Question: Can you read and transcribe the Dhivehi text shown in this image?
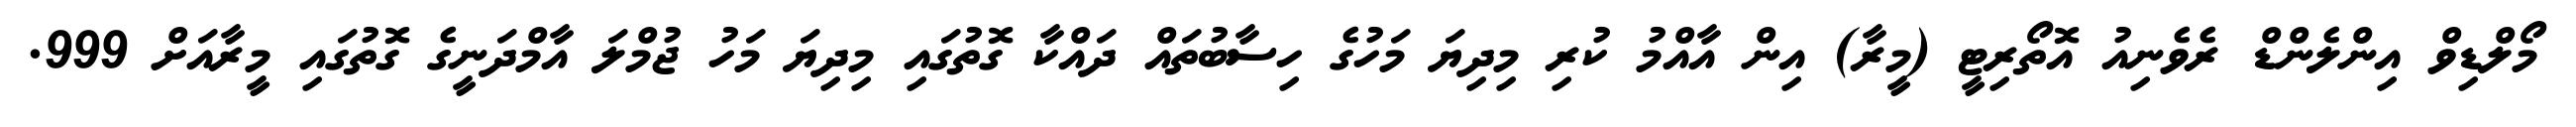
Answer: މޯލްޑިވް އިންލެންޑް ރެވެނިއު އޮތޯރިޓީ (މީރާ) އިން އާއްމު ކުރި މިދިޔަ މަހުގެ ހިސާބުތައް ދައްކާ ގޮތުގައި މިދިޔަ މަހު ޖުމްލަ އާމްދަނީގެ ގޮތުގައި މީރާއަށް 999.